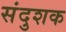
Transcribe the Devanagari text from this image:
संदुशक